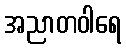
အညာတဝါရေ